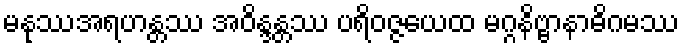
မနုဿအရဟန္တဿ အဝိန္ဒန္တဿ ပရိဝဇ္ဇယေထ မဂ္ဂနိဗ္ဗာနာဓိဂမဿ